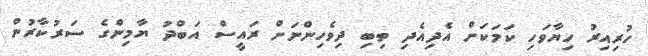
ހުރިއިރު ހިޔާވަހި ކަމަކަށް އެދިއެދި ތިބި ދިވެހިންނަށް ރައީސް އަބްދު ޔާމިންގެ ސަރުކާރުން